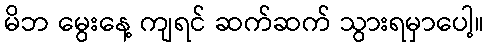
မိဘ မွေးနေ့ ကျရင် ဆက်ဆက် သွားရမှာပေါ့။